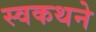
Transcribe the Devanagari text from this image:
स्वकथने